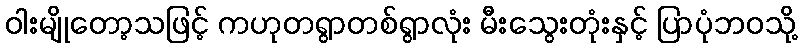
ဝါးမျိုတော့သဖြင့် ကဟုတရွာတစ်ရွာလုံး မီးသွေးတုံးနှင့် ပြာပုံဘဝသို့